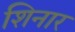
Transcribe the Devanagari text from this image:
शिनार